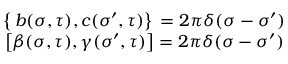
\begin{array} { c c } { { \left\{ \, b ( \sigma , \tau ) , c ( { \sigma } ^ { \prime } , \tau ) \right\} \, = 2 \pi \delta ( \sigma - { \sigma } ^ { \prime } ) } } & { { } } \\ { { \left[ \beta ( \sigma , \tau ) , \gamma ( { \sigma } ^ { \prime } , \tau ) \right] = 2 \pi \delta ( \sigma - { \sigma } ^ { \prime } ) } } & { { } } \end{array}